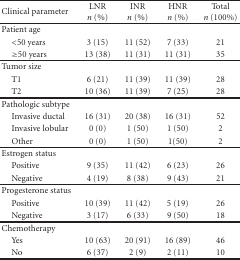
<table><thead><tr><td><b>Clinical parameter</b></td><td><b>LNR<i>n</i> (%)</b></td><td><b>INR<i>n</i> (%)</b></td><td><b>HNR<i>n</i> (%)</b></td><td><b>Total<i>n</i> (100%)</b></td></tr></thead><tbody><tr><td>Patient age</td><td></td><td></td><td></td><td></td></tr><tr><td> &lt;50 years</td><td>3 (15)</td><td>11 (52)</td><td>7 (33)</td><td>21</td></tr><tr><td> ≥50 years</td><td>13 (38)</td><td>11 (31)</td><td>11 (31)</td><td>35</td></tr><tr><td>Tumor size</td><td></td><td></td><td></td><td></td></tr><tr><td> T1</td><td>6 (21)</td><td>11 (39)</td><td>11 (39)</td><td>28</td></tr><tr><td> T2</td><td>10 (36)</td><td>11 (39)</td><td>7 (25)</td><td>28</td></tr><tr><td>Pathologic subtype</td><td></td><td></td><td></td><td></td></tr><tr><td> Invasive ductal</td><td>16 (31)</td><td>20 (38)</td><td>16 (31)</td><td>52</td></tr><tr><td> Invasive lobular</td><td>0 (0)</td><td>1 (50)</td><td>1 (50)</td><td>2</td></tr><tr><td> Other</td><td>0 (0)</td><td>1 (50)</td><td>1(50)</td><td>2</td></tr><tr><td>Estrogen status</td><td></td><td></td><td></td><td></td></tr><tr><td> Positive</td><td>9 (35)</td><td>11 (42)</td><td>6 (23)</td><td>26</td></tr><tr><td> Negative</td><td>4 (19)</td><td>8 (38)</td><td>9 (43)</td><td>21</td></tr><tr><td>Progesterone status</td><td></td><td></td><td></td><td></td></tr><tr><td> Positive</td><td>10 (39)</td><td>11 (42)</td><td>5 (19)</td><td>26</td></tr><tr><td> Negative</td><td>3 (17)</td><td>6 (33)</td><td>9 (50)</td><td>18</td></tr><tr><td>Chemotherapy</td><td></td><td></td><td></td><td></td></tr><tr><td> Yes</td><td>10 (63)</td><td>20 (91)</td><td>16 (89)</td><td>46</td></tr><tr><td> No</td><td>6 (37)</td><td>2 (9)</td><td>2 (11)</td><td>10</td></tr></tbody></table>